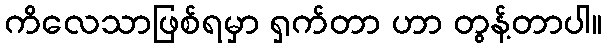
ကိလေသာဖြစ်ရမှာ ရှက်တာ ဟာ တွန့်တာပါ။